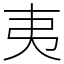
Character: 夷